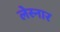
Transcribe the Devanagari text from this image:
लेस्नार